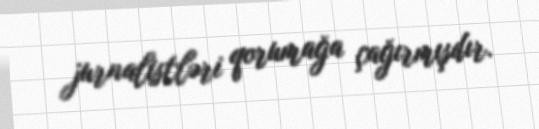
jurnalistləri qorumağa çağırmışdır.